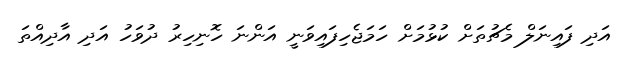
އަދި ފައިނަލް މެޗުތަށް ކުޅުމަށް ހަމަޖެހިފައިވަނީ އަންނަ ހޮނިހިރު ދުވަހު އަދި އާދިއްތަ